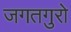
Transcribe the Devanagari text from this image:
जगतगुरो